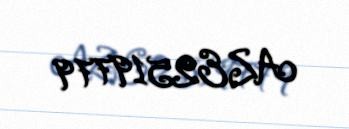
AZE2519779